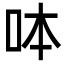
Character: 呠